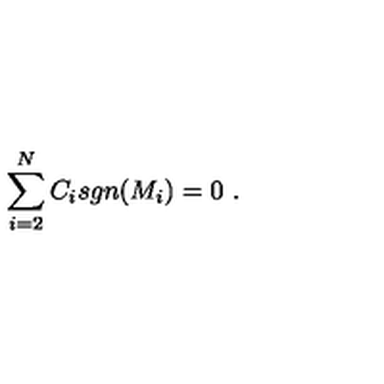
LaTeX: \sum _ { i = 2 } ^ { N } C _ { i } s g n ( M _ { i } ) = 0 \ .